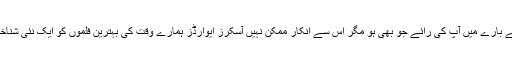
تاہم فلموں کے بارے میں آپ کی رائے جو بھی ہو مگر اس سے انکار ممکن نہیں آسکرز ایوارڈز ہمارے وقت کی بہترین فلموں کو ایک نئی شناخت دیتے ہیں۔